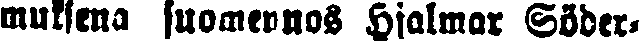
muksena suomennos Hjalmar Söder-